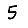
Digit: 5